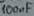
Text: 100µf